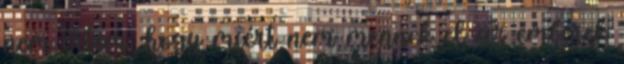
nem értem, hogy miért nem mennek el az emberek